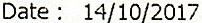
DATE : 14/10/2017